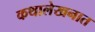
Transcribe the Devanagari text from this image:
कथालेखनात